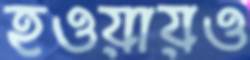
হওয়ায়ও